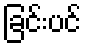
ခြင်းပင်